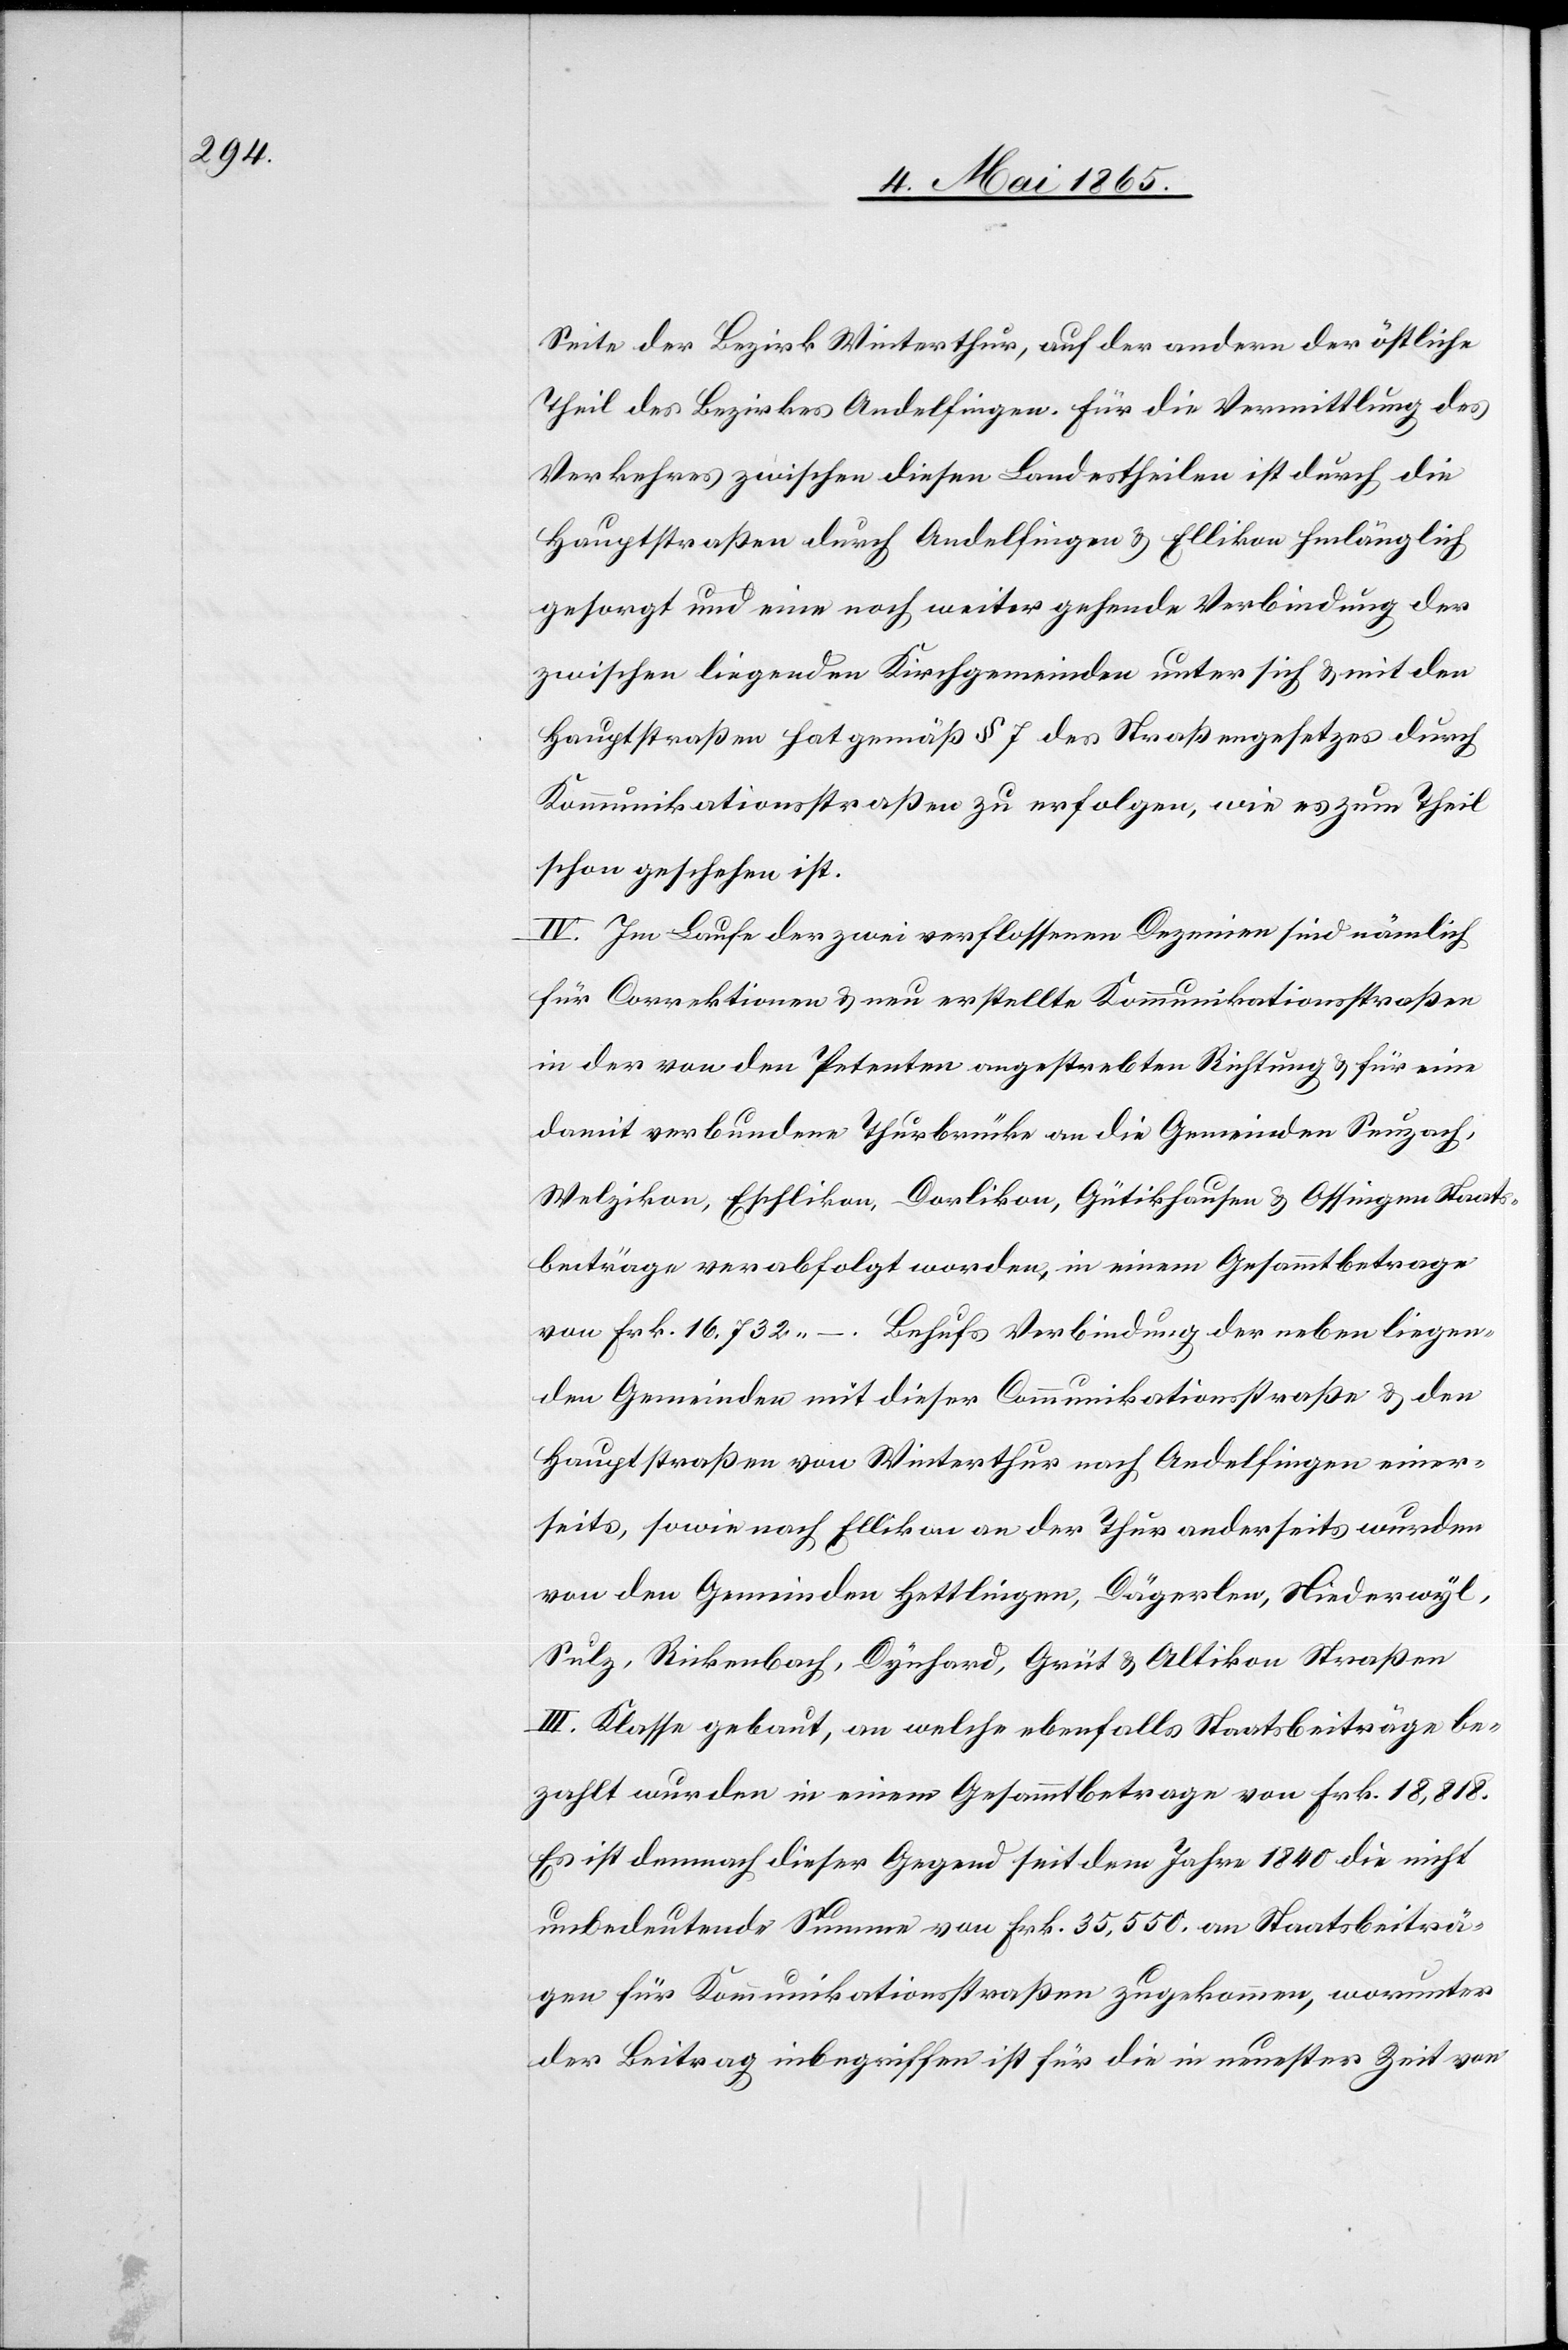
Seite der Bezirk Winterthur, auf der andern der östliche
Theil des Bezirkes Andelfingen. Für die Vermittlung des
Verkehres zwischen diesen Landestheilen ist durch die
Hauptstraßen durch Andelfingen & Ellikon hinlänglich
gesorgt und eine noch weiter gehende Verbindung der
zwischen liegenden Kirchgemeinden unter sich & mit den
Hauptstraßen hat gemäß § 7 des Straßengesetzes durch
Kommunikationsstraßen zur erfolgen, wie es zum Theil
schon geschehen ist.
IV. Im Laufe der zwei verflossenen Dezenien sind nämlich
für Correktionen & neu erstellte Kommunikationsstraßen
in der von den Petenten angestrebten Richtung & für eine
damit verbundene Thurbrücke an die Gemeinden Seuzach,
Welzikon, Eschlikon, Dorlikon, Gütikhausen & Ossingen Staats¬
beiträge verabfolgt worden, in einem Gesammtbetrage
von Frk. 16,732 –. Behufs Verbindung der nebenliegen¬
den Gemeinden mit dieser Communikationsstraße & den
Hauptstraßen von Winterthur nach Andelfingen einer¬
seits, sowie nach Ellikon an der Thur anderseits wurden
von den Gemeinden Hettlingen, Dägerlen, Niederwyl,
Sulz, Rickenbach, Gynhard, Grüt & Altikon Straßen
III. Klasse gebaut, an welche ebenfalls Staatsbeiträge be¬
zahlt wurden in einem Gesammtbetrage von Frk. 18,818.
Es ist demnach dieser Gegend seit dem Jahre 1840 die nicht
unbedeutende Summe von Frk. 35,500. an Staatsbeiträ¬
gen für Kommunikationsstraßen zugekommen, worunter
der Beitrag inbegriffen ist für die in neuester Zeit von